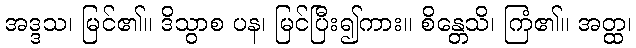
အဒ္ဒသ၊ မြင်၏။ ဒိသွာစ ပန၊ မြင်ပြီး၍ကား။ စိန္တေသိ၊ ကြံ၏။ အတ္ထ၊